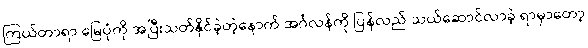
ကြယ်တာရာ မြေပုံကို အပြီးသတ်နိုင်ခဲ့တဲ့နောက် အင်္ဂလန်ကို ပြန်လည် သယ်ဆောင်လာခဲ့ ရာမှာတော့